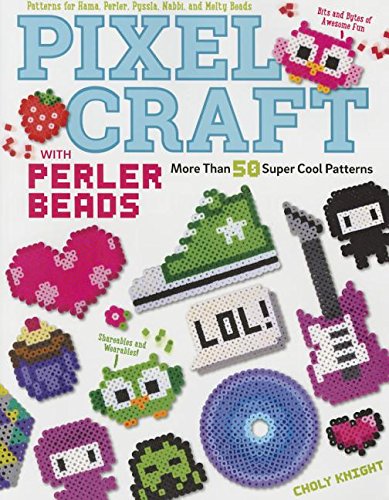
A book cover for Pixel Craft with Perler Beads: More Than 50 Super Cool Patterns: Patterns for Hama, Perler, Pyssla, Nabbi, and Melty Beads!; Choly Knight; Children's Books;